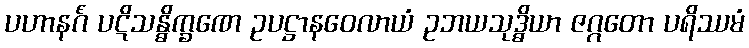
ပဟာနင်္ဂံ ပဋိသန္ဓိက္ခဏေ ဥပဋ္ဌာနဝေလာယံ ဥဘယသုဒ္ဓိယာ ဇဂ္ဂတော ပရိဿမံ